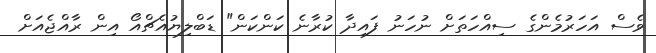
ވެސް އަހަރުމެންގެ ސިއްހަތަށް ނުހަނު ފައިދާ ކުރާނެ ކަންކަން" ޑަބްލިޔުއެޗްއޯ އިން ރާއްޖެއަށް